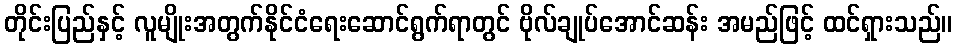
တိုင်းပြည်နှင့် လူမျိုးအတွက်နိုင်ငံရေးဆောင်ရွက်ရာတွင် ဗိုလ်ချုပ်အောင်ဆန်း အမည်ဖြင့် ထင်ရှားသည်။